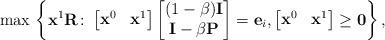
LaTeX: \begin{align*}\max \, \left\{\mathbf{x}^1 \mathbf{R}\colon \begin{bmatrix} \mathbf{x}^{0} & \mathbf{x}^{1} \end{bmatrix}\begin{bmatrix} (1-\beta) \mathbf{I} \\\mathbf{I} - \beta \mathbf{P}\end{bmatrix} = \mathbf{e}_i, \begin{bmatrix} \mathbf{x}^{0} & \mathbf{x}^{1} \end{bmatrix} \geq \mathbf{0}\right\},\end{align*}